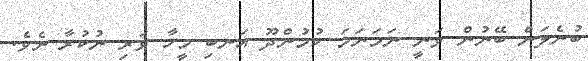
ބުނެލަން ބޭނުން ވަނީ ނަމަނަމަ ކުމުންދޫ އަނބި މީހާ ވަރި ނުކުރާ ށެވެ.